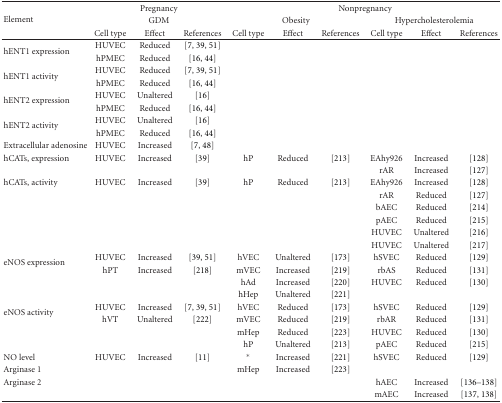
<table><thead><tr><td rowspan="3"><b>Element</b></td><td colspan="3"><b>Pregnancy</b></td><td colspan="6"><b>Nonpregnancy</b></td></tr><tr><td colspan="3"><b>GDM</b></td><td colspan="3"><b>Obesity</b></td><td colspan="3"><b>Hypercholesterolemia</b></td></tr><tr><td><b>Cell type</b></td><td><b>Effect</b></td><td><b>References</b></td><td><b>Cell type</b></td><td><b>Effect</b></td><td><b>References</b></td><td><b>Cell type</b></td><td><b>Effect</b></td><td><b>References</b></td></tr></thead><tbody><tr><td rowspan="2">hENT1 expression</td><td>HUVEC</td><td>Reduced</td><td>[7, 39, 51]</td><td></td><td></td><td></td><td></td><td></td><td></td></tr><tr><td>hPMEC</td><td>Reduced</td><td>[16, 44]</td><td></td><td></td><td></td><td></td><td></td><td></td></tr><tr><td rowspan="2">hENT1 activity</td><td>HUVEC</td><td>Reduced</td><td>[7, 39, 51]</td><td></td><td></td><td></td><td></td><td></td><td></td></tr><tr><td>hPMEC</td><td>Reduced</td><td>[16, 44]</td><td></td><td></td><td></td><td></td><td></td><td></td></tr><tr><td rowspan="2">hENT2 expression</td><td>HUVEC</td><td>Unaltered</td><td>[16]</td><td></td><td></td><td></td><td></td><td></td><td></td></tr><tr><td>hPMEC</td><td>Reduced</td><td>[16, 44]</td><td></td><td></td><td></td><td></td><td></td><td></td></tr><tr><td rowspan="2">hENT2 activity</td><td>HUVEC</td><td>Unaltered</td><td>[16]</td><td></td><td></td><td></td><td></td><td></td><td></td></tr><tr><td>hPMEC</td><td>Reduced</td><td>[16, 44]</td><td></td><td></td><td></td><td></td><td></td><td></td></tr><tr><td>Extracellular adenosine</td><td>HUVEC</td><td>Increased</td><td>[7, 48]</td><td></td><td></td><td></td><td></td><td></td><td></td></tr><tr><td>hCATs, expression</td><td>HUVEC</td><td>Increased</td><td>[39]</td><td>hP</td><td>Reduced</td><td>[213]</td><td>EAhy926</td><td>Increased</td><td>[128]</td></tr><tr><td></td><td></td><td></td><td></td><td></td><td></td><td></td><td>rAR</td><td>Increased</td><td>[127]</td></tr><tr><td>hCATs, activity</td><td>HUVEC</td><td>Increased</td><td>[39]</td><td>hP</td><td>Reduced</td><td>[213]</td><td>EAhy926</td><td>Increased</td><td>[128]</td></tr><tr><td></td><td></td><td></td><td></td><td></td><td></td><td></td><td>rAR</td><td>Reduced</td><td>[127]</td></tr><tr><td></td><td></td><td></td><td></td><td></td><td></td><td></td><td>bAEC</td><td>Reduced</td><td>[214]</td></tr><tr><td></td><td></td><td></td><td></td><td></td><td></td><td></td><td>pAEC</td><td>Reduced</td><td>[215]</td></tr><tr><td></td><td></td><td></td><td></td><td></td><td></td><td></td><td>HUVEC</td><td>Unaltered</td><td>[216]</td></tr><tr><td></td><td></td><td></td><td></td><td></td><td></td><td></td><td>HUVEC</td><td>Unaltered</td><td>[217]</td></tr><tr><td rowspan="2">eNOS expression</td><td>HUVEC</td><td>Increased</td><td>[39, 51]</td><td>hVEC</td><td>Unaltered</td><td>[173]</td><td>hSVEC</td><td>Reduced</td><td>[129]</td></tr><tr><td>hPT</td><td>Increased</td><td>[218]</td><td>mVEC</td><td>Increased</td><td>[219]</td><td>rbAS</td><td>Reduced</td><td>[131]</td></tr><tr><td></td><td></td><td></td><td></td><td>hAd</td><td>Increased</td><td>[220]</td><td>HUVEC</td><td>Reduced</td><td>[130]</td></tr><tr><td></td><td></td><td></td><td></td><td>hHep</td><td>Unaltered</td><td>[221]</td><td></td><td></td><td></td></tr><tr><td rowspan="2">eNOS activity</td><td>HUVEC</td><td>Increased</td><td>[7, 39, 51]</td><td>hVEC</td><td>Reduced</td><td>[173]</td><td>hSVEC</td><td>Reduced</td><td>[129]</td></tr><tr><td>hVT</td><td>Unaltered</td><td>[222]</td><td>mVEC</td><td>Reduced</td><td>[219]</td><td>rbAR</td><td>Reduced</td><td>[131]</td></tr><tr><td></td><td></td><td></td><td></td><td>mHep</td><td>Reduced</td><td>[223]</td><td>HUVEC</td><td>Reduced</td><td>[130]</td></tr><tr><td></td><td></td><td></td><td></td><td>hP</td><td>Unaltered</td><td>[213]</td><td>pAEC</td><td>Reduced</td><td>[215]</td></tr><tr><td>NO level</td><td>HUVEC</td><td>Increased</td><td>[11]</td><td>*</td><td>Increased</td><td>[221]</td><td>hSVEC</td><td>Reduced</td><td>[129]</td></tr><tr><td>Arginase 1</td><td></td><td></td><td></td><td>mHep</td><td>Increased</td><td>[223]</td><td></td><td></td><td></td></tr><tr><td>Arginase 2</td><td></td><td></td><td></td><td></td><td></td><td></td><td>hAEC</td><td>Increased</td><td>[136–138]</td></tr><tr><td></td><td></td><td></td><td></td><td></td><td></td><td></td><td>mAEC</td><td>Increased</td><td>[137, 138]</td></tr></tbody></table>